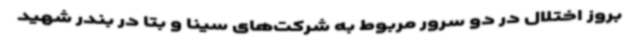
بروز اختلال در دو سرور مربوط به شرکت‌های سینا و بتا در بندر شهید